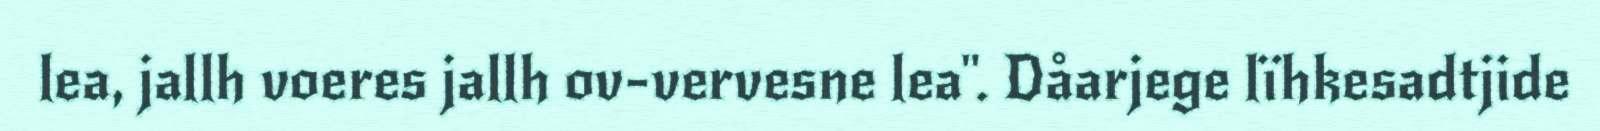
lea, jallh voeres jallh ov-vervesne lea". Dåarjege lïhkesadtjide